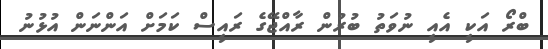
ބްރޯ އަކީ އެއީ ނުވަތު ބުރުން ރާއްޖޭގެ ރައީސް ކަމަށް އަންނަން އުޅުނު